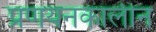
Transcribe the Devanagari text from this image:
प्रणयनकालीन